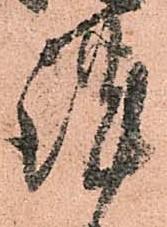
謹